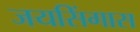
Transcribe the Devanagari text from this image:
जयसिंगास